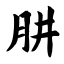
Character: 肼